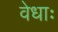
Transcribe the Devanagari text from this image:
वेधाः